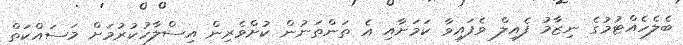
ބެލެހެއްޓުމުގެ ނިޒާމު ފެއިލް ވެފައިވާ ކަމަށާއި އެ ތަންތަނުން ކުށްވެރިން އިސްލާހުކުރުމަށް މަސައްކަތް